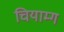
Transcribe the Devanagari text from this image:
चियाम्ग